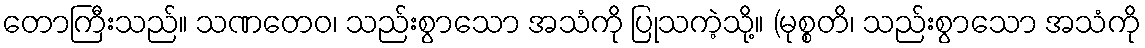
တောကြီးသည်။ သဏတေဝ၊ သည်းစွာသော အသံကို ပြုသကဲ့သို့။ (မုစ္စတိ၊ သည်းစွာသော အသံကို